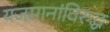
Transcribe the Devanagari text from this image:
यजमानांविरुद्ध